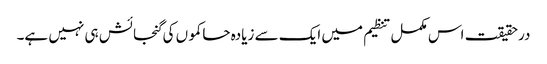
درحقیقت اس مکمل تنظیم میں ایک سے زیادہ حاکموں کی گنجائش ہی نہیں ہے۔